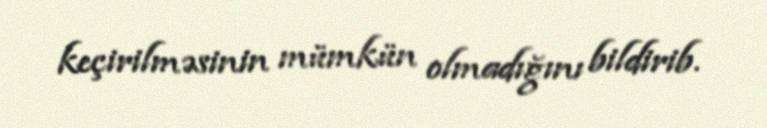
keçirilməsinin mümkün olmadığını bildirib.